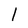
Character: 1